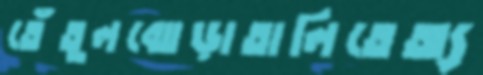
তেঁতুলঝোড়াতালিতেঅ্য